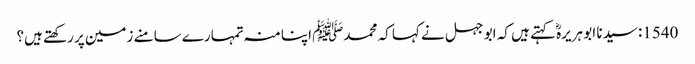
1540: سیدنا ابو ہریرہؓ کہتے ہیں کہ ابو جہل نے کہا کہ محمدﷺ اپنا منہ تمہارے سامنے زمین پر رکھتے ہیں؟